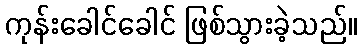
ကုန်းခေါင်ခေါင် ဖြစ်သွားခဲ့သည်။